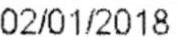
02/01/2018